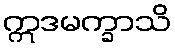
ဣဒမက္ခာသိ